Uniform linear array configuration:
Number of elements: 8
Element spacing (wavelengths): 0.25
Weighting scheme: uniform
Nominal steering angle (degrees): -30
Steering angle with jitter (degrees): -29.144
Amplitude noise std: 0.05
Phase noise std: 0.05

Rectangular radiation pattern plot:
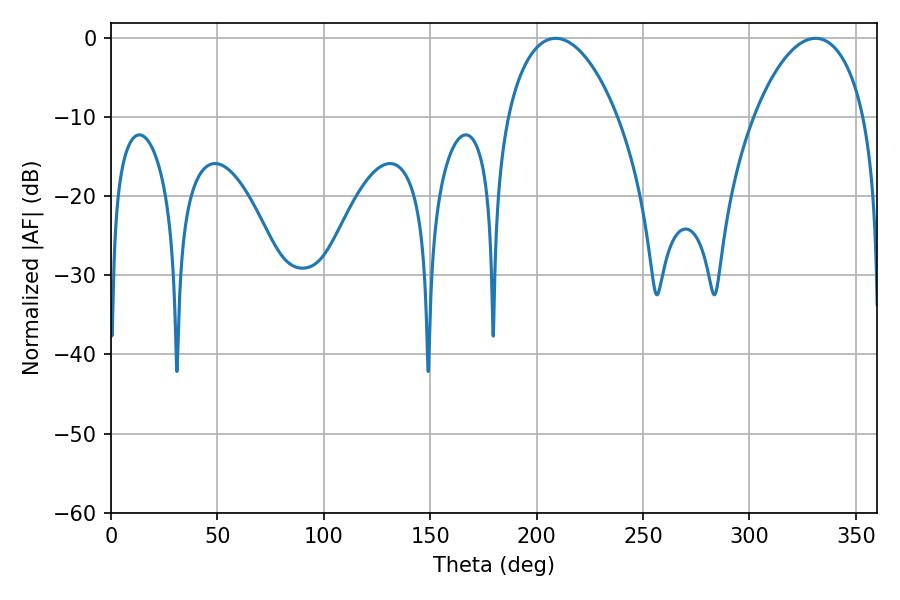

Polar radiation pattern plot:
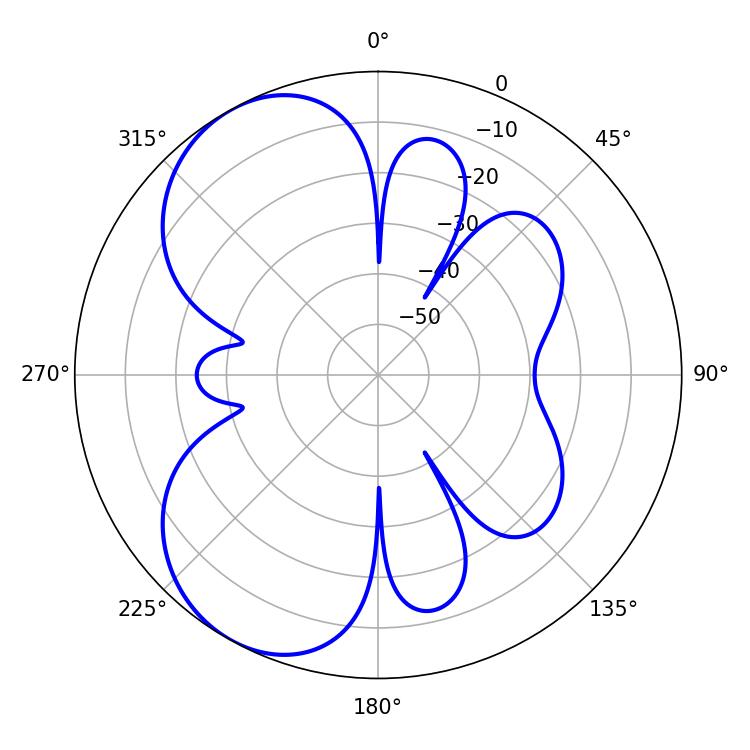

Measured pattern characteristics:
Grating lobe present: FALSE
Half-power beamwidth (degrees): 29.34
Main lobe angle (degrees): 208.98